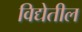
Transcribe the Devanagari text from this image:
विद्येतील